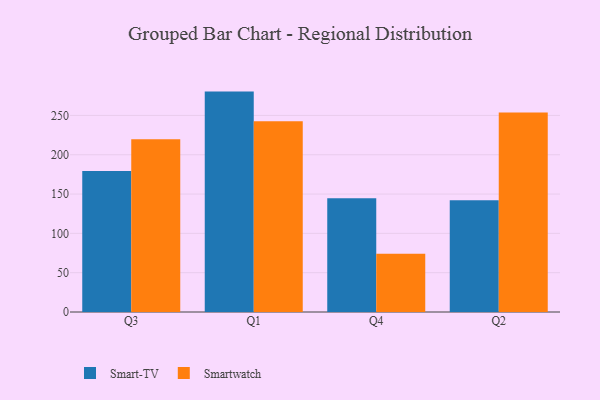
{"axis": {"x": "Quarter", "y": "Bounce Rate (%)"}, "legend": ["Smart-TV", "Smartwatch"], "data": [{"x": "Q3", "y": 179.2, "type": "Smart-TV"}, {"x": "Q3", "y": 219.8, "type": "Smartwatch"}, {"x": "Q1", "y": 280.3, "type": "Smart-TV"}, {"x": "Q1", "y": 242.5, "type": "Smartwatch"}, {"x": "Q4", "y": 144.8, "type": "Smart-TV"}, {"x": "Q4", "y": 74.1, "type": "Smartwatch"}, {"x": "Q2", "y": 142.1, "type": "Smart-TV"}, {"x": "Q2", "y": 253.7, "type": "Smartwatch"}]}